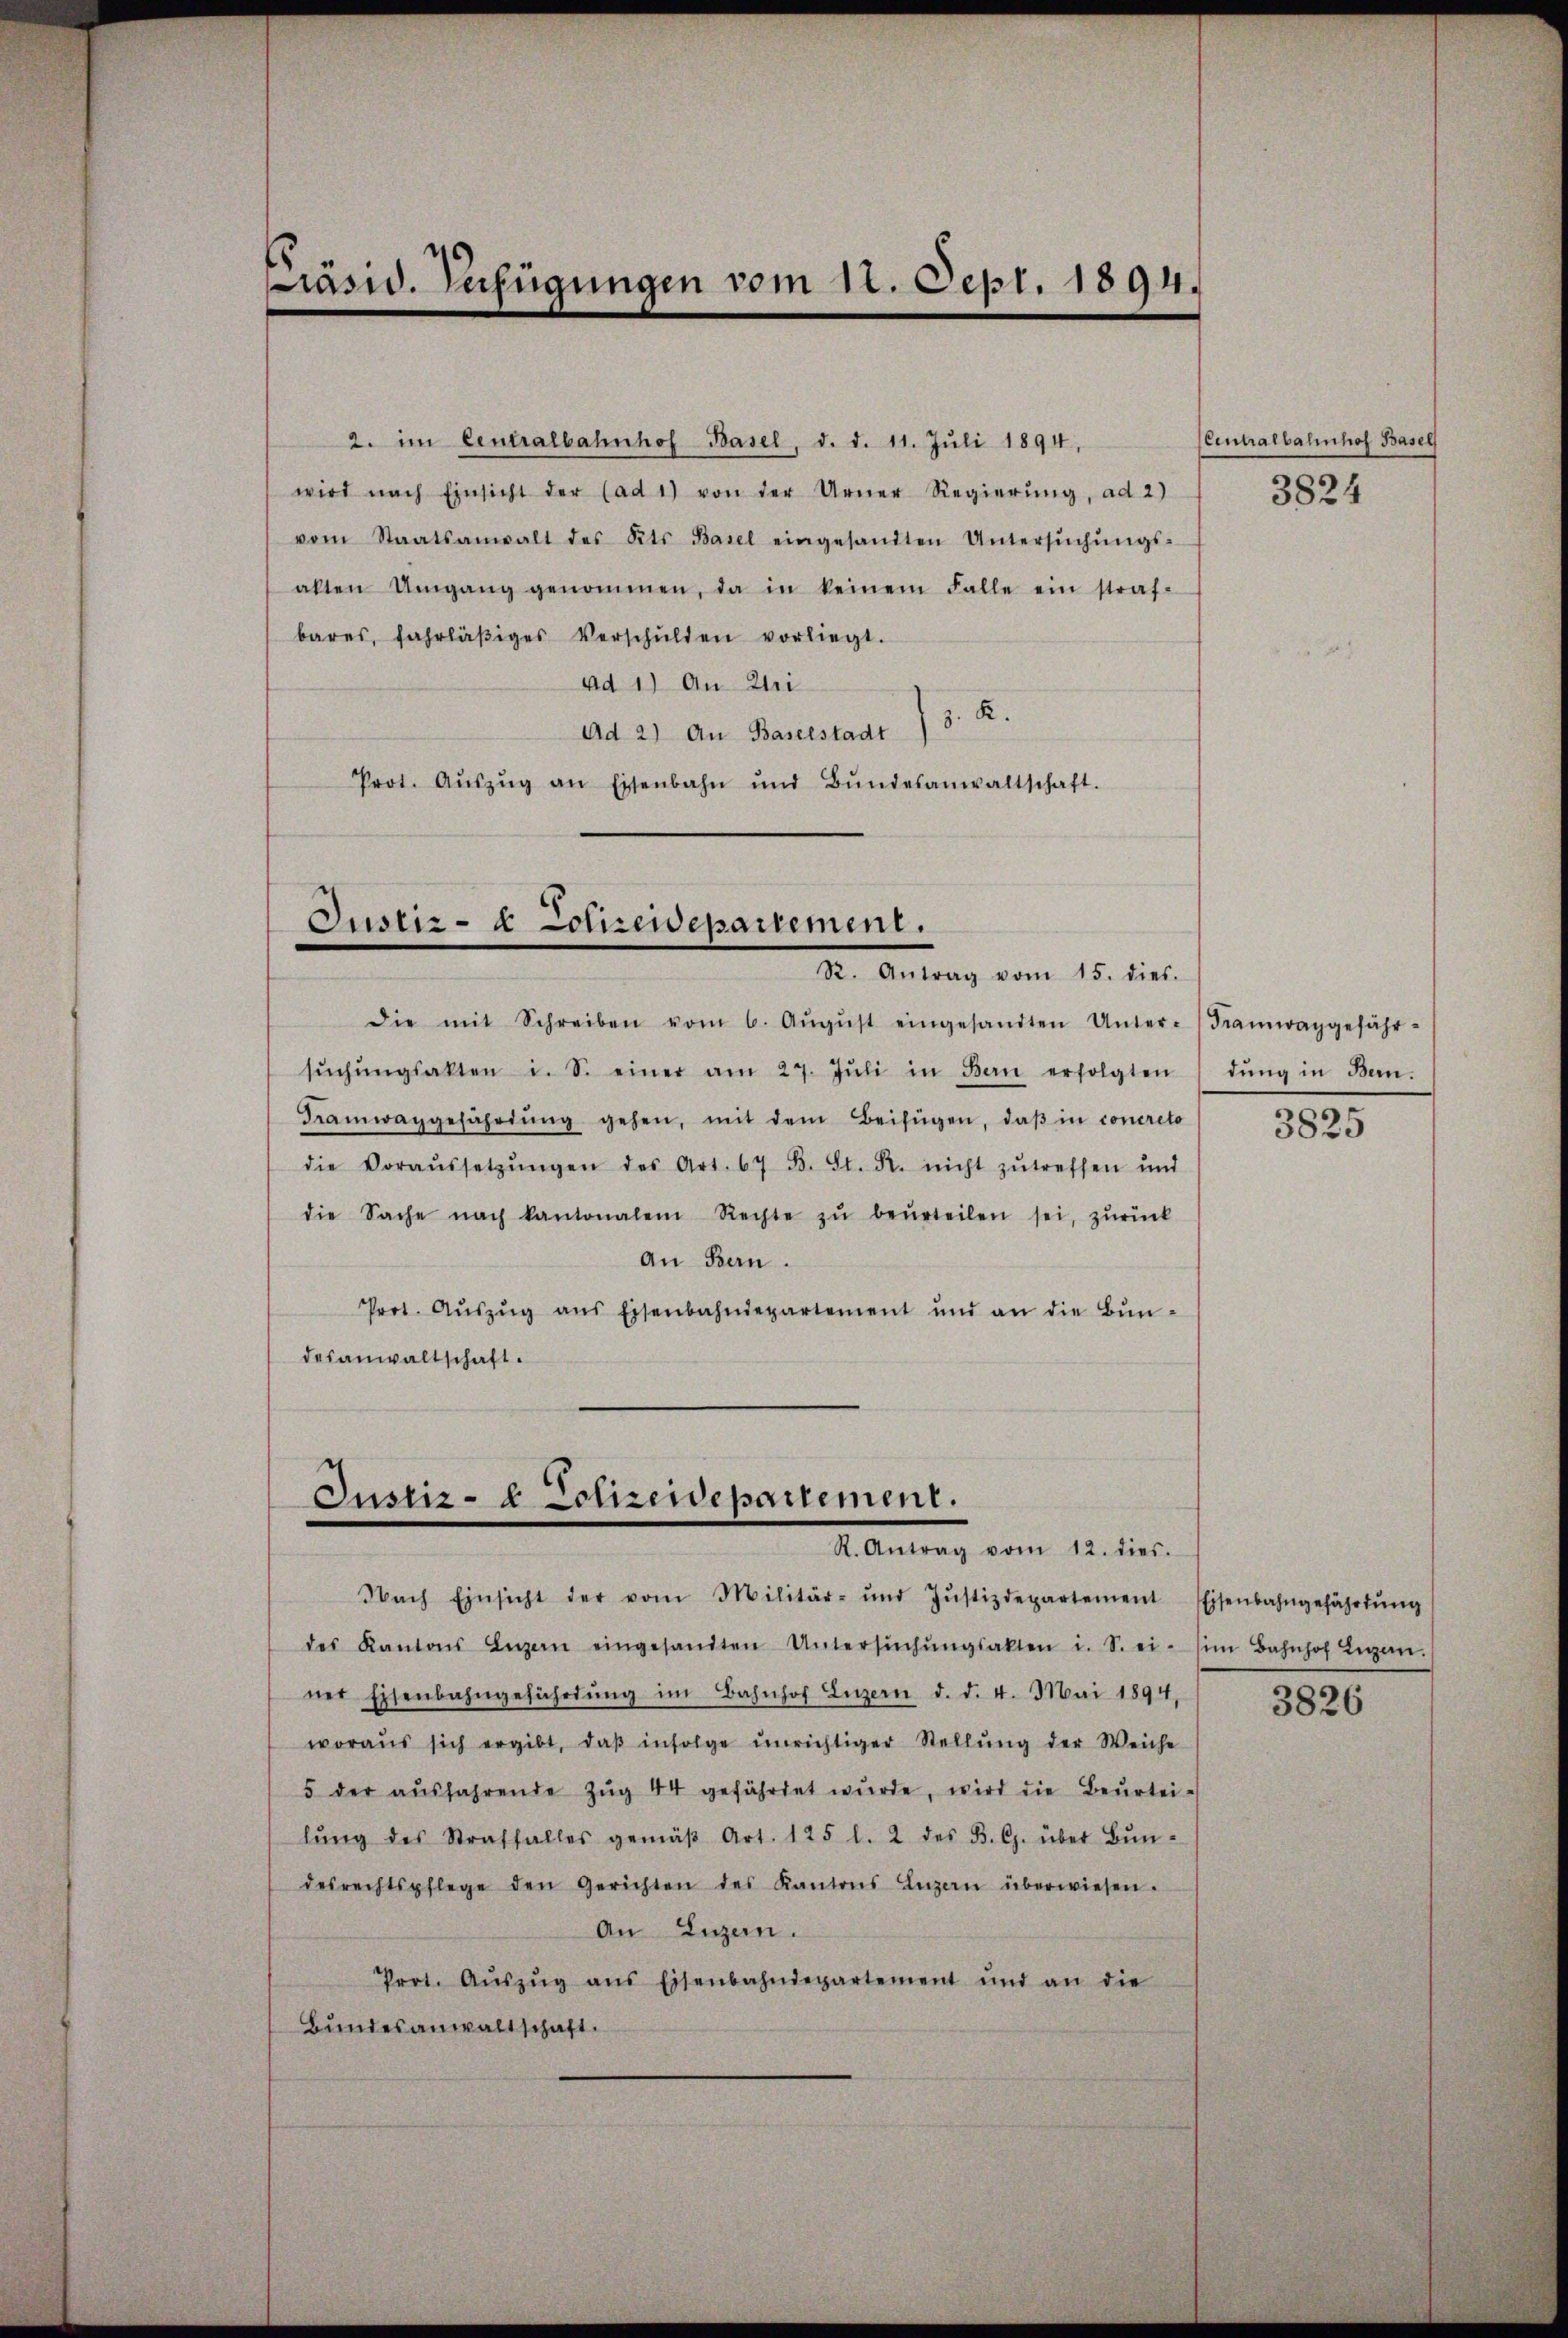
Präsid. Verfügungen vom 11. Sept. 1894.

2. im Centralbahnhof Basel, d. d. 11. Juli 1894,
wird nach Einsicht der (ad 1) von der Urner Regierŭng, ad 2)
vom Staatsanwalt des Kts. Basel eingesandten Untersŭchŭngs-
alten Umgang genommen, da in keinem Falle ein straf-
bares, fahrläβiges Verschŭlden vorliegt.
ad 1.) An Zi
d. R.
Ad 2) An Baselstadt
Prot. Aŭszŭg an Eisenbahn und Bŭndesanwaltschaft.

Justiz- & Polizeidepartement.
R. Antrag vom 15. dies.

Justiz- & Polizeidepartement.
R. Antrag vom 12. dies.

die mit Schreiben vom 6. Aŭgŭst eingesandten Unter-Framwaggefähr-
sŭchŭngsakten i. S. einer am 27. Jŭli in Bern erfolgten
Kramwaggefährdŭng gehen, mit dem Beifügen, daβ in concreto
die Voraŭssetzŭngen des Art. 67 B. St. R. nicht zŭ treffen und
die Sache nach kantonalem Rechte zŭ beŭrteilen sei, zŭrück
An Bern.
Prot. Auszug aus Eisenbahndepartement und an die Bundesanwaltschaft.

Nach Einsicht der vom Militär- und Jŭstizdepartement Eisenbahngefährtŭng
des Kantons Luzern eingesandten Untersŭchŭngsakten i. S. ei (im Bahnhof Ligen.
ner Eisenbahngeführŭng im Bahnhof Luzern d. d. 4. Mai 1894. 386
woraŭs sich ergibt, daβ infolge ŭnrichtiger Stellŭng der Weiche
5 der aŭsfahrende Zŭg 44 gefährdet wŭrde, wird die Beurtei-
lŭng des Straffalles gemäβ Art. 125 l. 2 des B. C. über Bŭn-
desrechtspflege den Gerichten des Kantons Luzern überwiesen.
An Luzern.
Prot. Aŭszŭg ans Eisenbahndepartement und an die
Bundesanwaltschaft.

Cintralbahnhof Basel
3824

dung in Bern.
3825